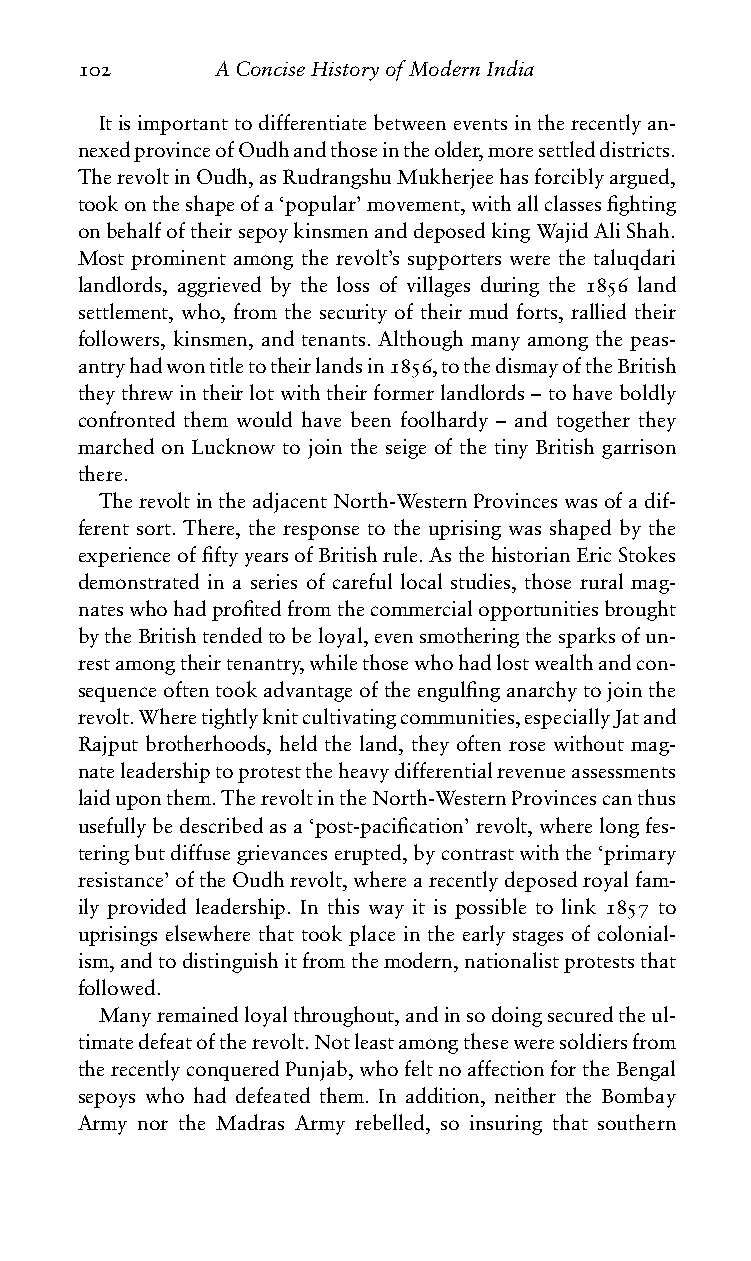
102      AConciseHistoryofModernIndia
 Itisimportanttodifferentiatebetweeneventsintherecentlyan-
 nexedprovinceofOudhandthoseintheolder,moresettleddistricts.
 TherevoltinOudh,asRudrangshuMukherjeehasforciblyargued,
 tookontheshapeofa‘popular’movement,withallclassesfighting
 onbehalfoftheirsepoykinsmenanddeposedkingWajidAliShah.
 Most prominent among the revolt’s supporters were the taluqdari
 landlords, aggrieved by the loss of villages during the 1856 land
 settlement, who, from the security of their mud forts, rallied their
 followers, kinsmen, and tenants. Although many among the peas-
 antryhadwontitletotheirlandsin1856,tothedismayoftheBritish
 theythrewintheirlotwiththeirformerlandlords–tohaveboldly
 confronted them would have been foolhardy – and together they
 marched on Lucknow to join the seige of the tiny British garrison
 there.
 TherevoltintheadjacentNorth-WesternProvinceswasofadif-
 ferent sort. There, the response to the uprising was shaped by the
 experienceoffiftyyearsofBritishrule.AsthehistorianEricStokes
 demonstrated in a series of careful local studies, those rural mag-
 nateswhohadprofitedfromthecommercialopportunitiesbrought
 bytheBritishtendedtobeloyal,evensmotheringthesparksofun-
 restamongtheirtenantry,whilethosewhohadlostwealthandcon-
 sequenceoftentookadvantageoftheengulfinganarchytojointhe
 revolt.Wheretightlyknitcultivatingcommunities,especiallyJatand
 Rajput brotherhoods, held the land, they often rose without mag-
 nateleadershiptoprotesttheheavydifferentialrevenueassessments
 laiduponthem.TherevoltintheNorth-WesternProvincescanthus
 usefullybedescribedasa‘post-pacification’revolt,wherelongfes-
 teringbutdiffusegrievanceserupted,bycontrastwiththe‘primary
 resistance’oftheOudhrevolt,wherearecentlydeposedroyalfam-
 ily provided leadership. In this way it is possible to link 1857 to
 uprisings elsewhere that took place in the early stages of colonial-
 ism,andtodistinguishitfromthemodern,nationalistproteststhat
 followed.
 Manyremainedloyalthroughout,andinsodoingsecuredtheul-
 timatedefeatoftherevolt.Notleastamongtheseweresoldiersfrom
 therecentlyconqueredPunjab,whofeltnoaffectionfortheBengal
 sepoys who had defeated them. In addition, neither the Bombay
 Army nor the Madras Army rebelled, so insuring that southern